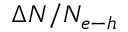
\Delta N / N _ { e { \mathrm { - } } h }